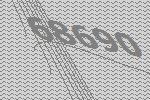
68690